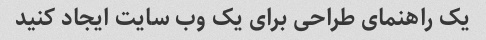
یک راهنمای طراحی برای یک وب سایت ایجاد کنید